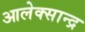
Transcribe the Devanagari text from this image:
आलेक्सान्द्र